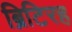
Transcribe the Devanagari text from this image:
ब्रिटिरह